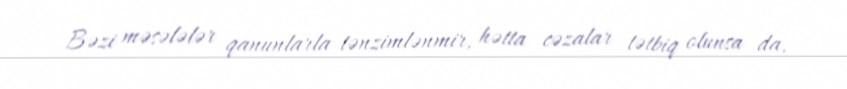
Bəzi məsələlər qanunlarla tənzimlənmir, hətta cəzalar tətbiq olunsa da,